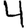
Digit: 4